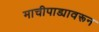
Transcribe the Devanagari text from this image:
माचीपाड्यावरून